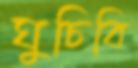
ঘুচিবি